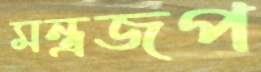
মন্ত্রজপ